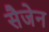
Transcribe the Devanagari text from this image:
सैजेन